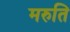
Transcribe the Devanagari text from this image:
मरुति